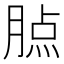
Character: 𦝿